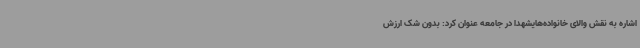
اشاره به نقش والای خانواده‌هایشهدا در جامعه عنوان کرد: بدون شک ارزش